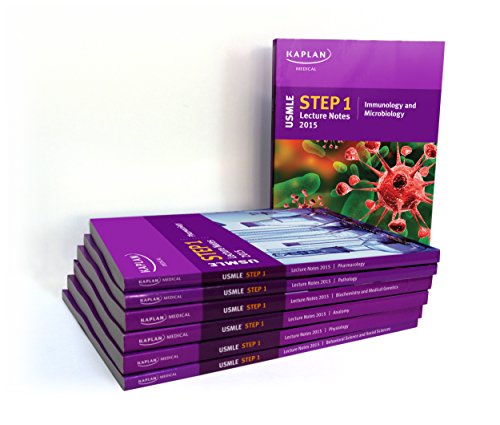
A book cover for USMLE Step 1 Lecture Notes 2015 (7 Volume Set); Kaplan; Test Preparation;